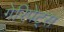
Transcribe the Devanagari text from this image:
गेरिपेट्स